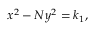
\ \ x ^ { 2 } - N y ^ { 2 } = k _ { 1 } ,